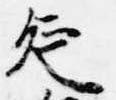
延